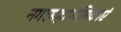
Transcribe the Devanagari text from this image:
नगरमहापालिकाएं